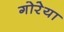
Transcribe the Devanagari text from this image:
गोरेया